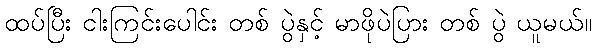
ထပ်ပြီး ငါးကြင်းပေါင်း တစ် ပွဲနှင့် မာဖိုပဲပြား တစ် ပွဲ ယူမယ်။